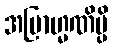
အဗြာဟ္မဏိမ္ပိ